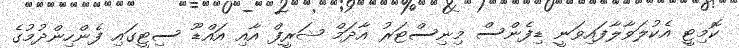
ކޮމިޓީ އެކުލަވާލާފައިވަނީ ޑިފެންސް މިނިސްޓަރު އާދަމް ޝަރީފް އާއި އައްޑޫ ސިޓީގައި ފެންހިންދުމުގެ